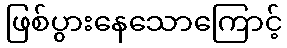
ဖြစ်ပွားနေသောကြောင့်